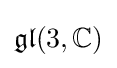
{\mathfrak {gl}}(3,\mathbb {C} )